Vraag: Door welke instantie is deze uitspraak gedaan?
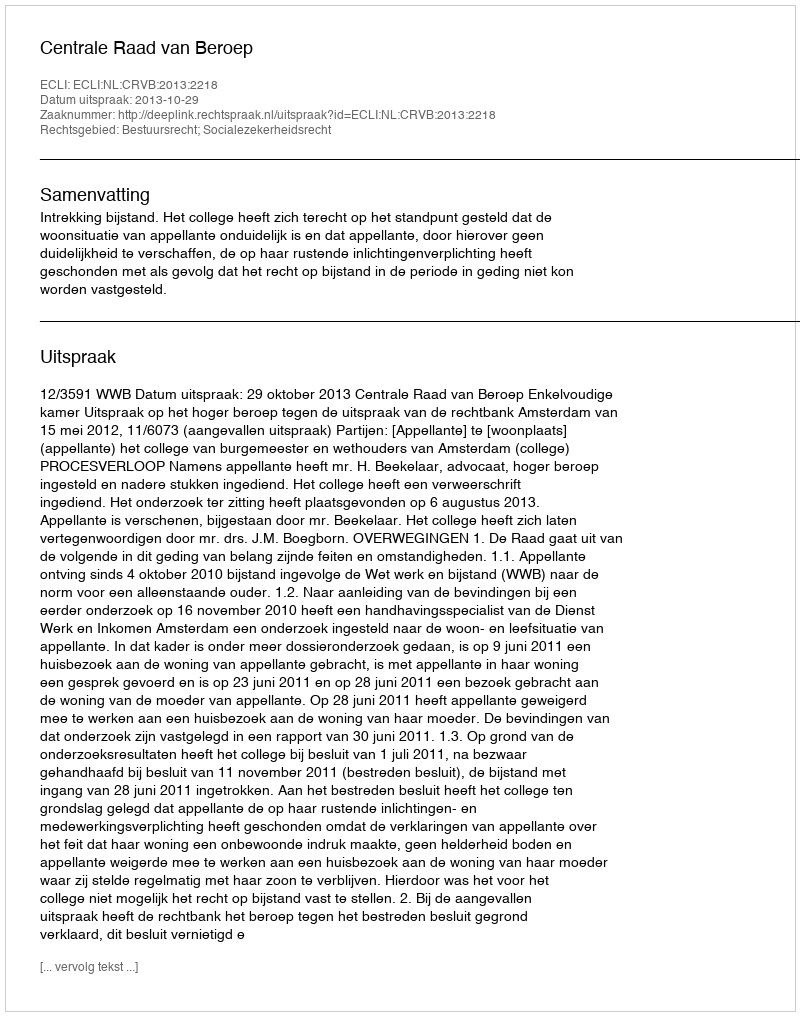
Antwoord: Centrale Raad van Beroep